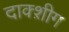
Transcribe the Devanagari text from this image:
दाक्श़ीग